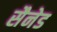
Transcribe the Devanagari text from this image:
सैनेड